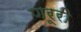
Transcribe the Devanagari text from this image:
णरूरी